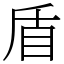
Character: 盾